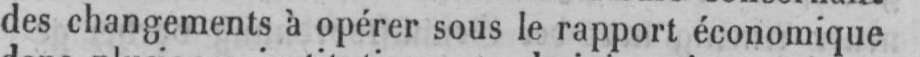
des changements à opérer sous le rapport économique